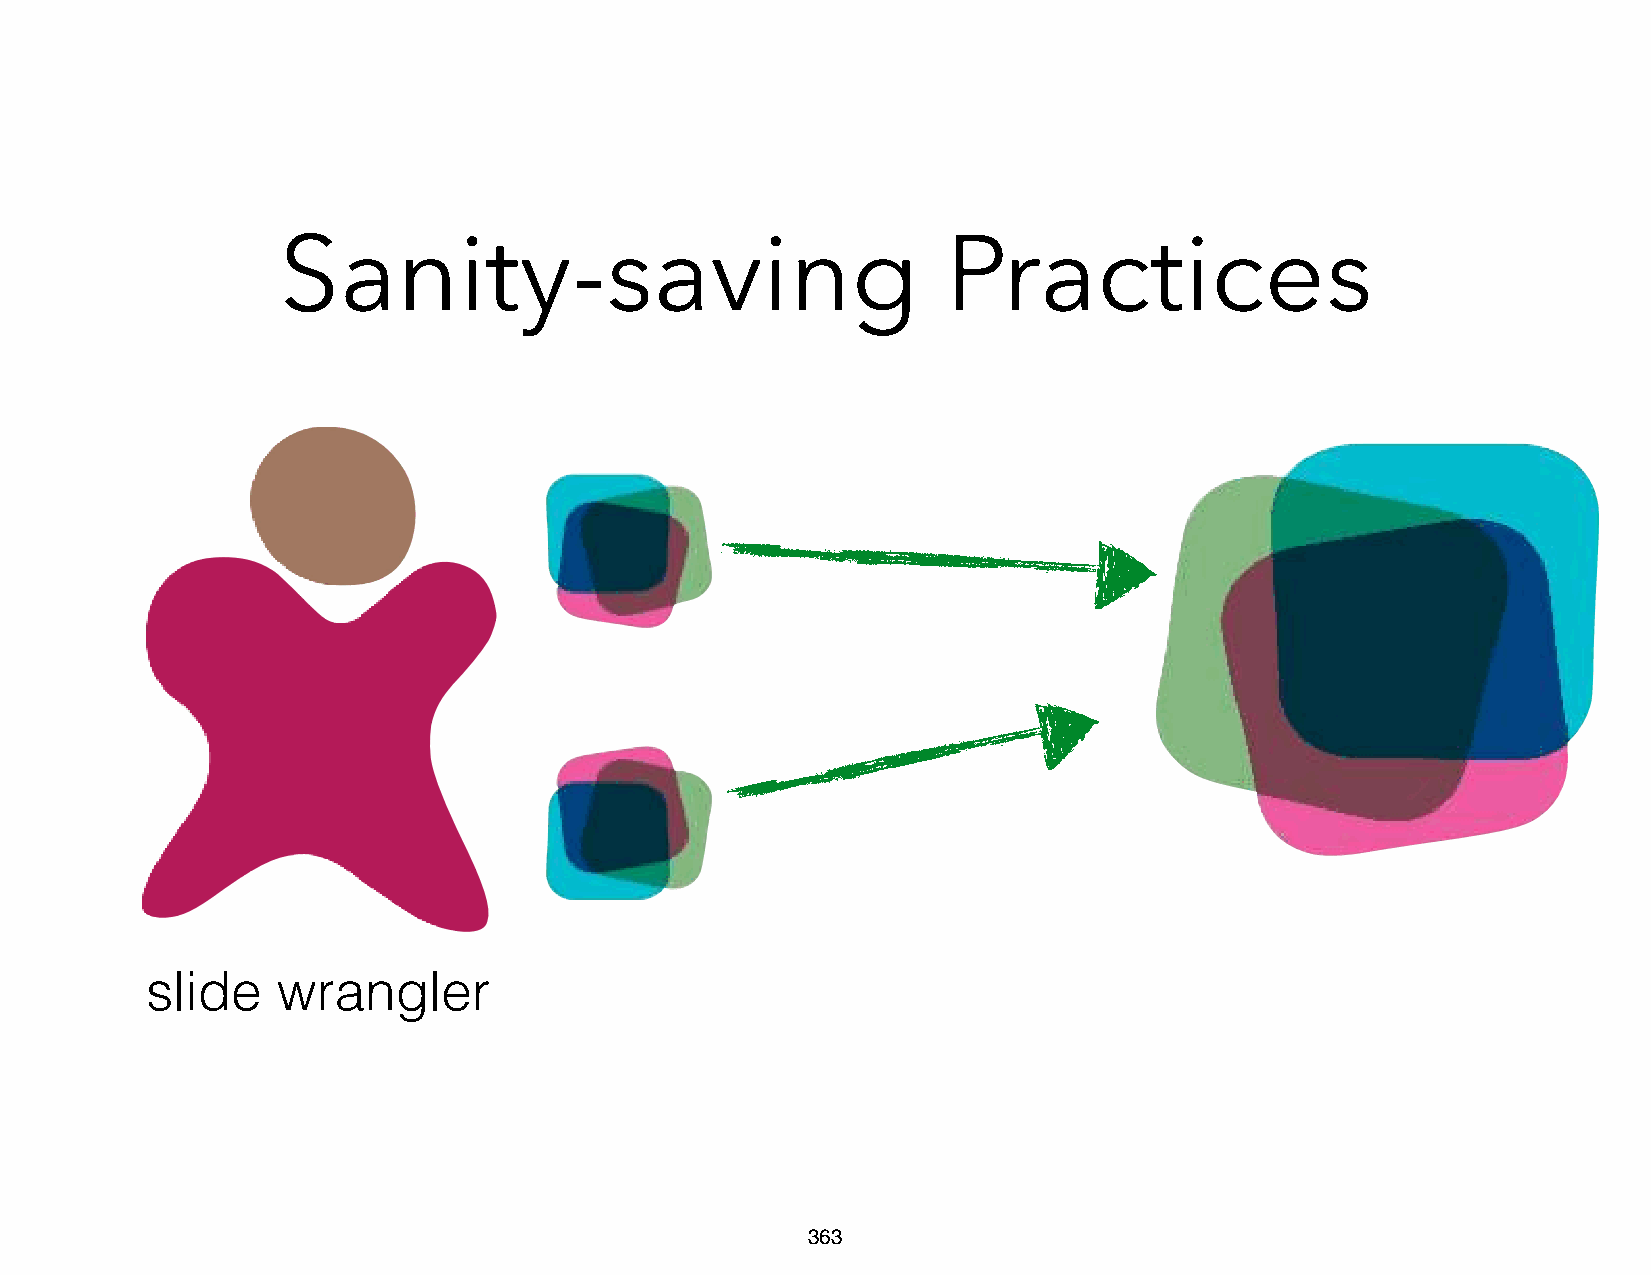
Sanity-saving                                Practices
 slide   wrangler
 363